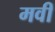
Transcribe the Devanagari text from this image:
मवीं